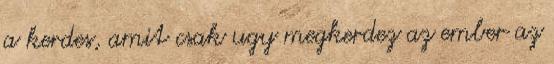
a kerdes, amit csak ugy megkerdez az ember az